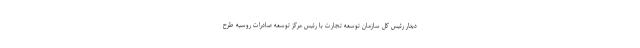
دیدار رئیس کل سازمان توسعه تجارت با رئیس مرکز توسعه صادرات روسیه طرح